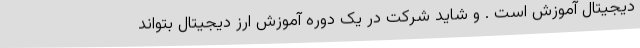
دیجیتال آموزش است . و شاید شرکت در یک دوره آموزش ارز دیجیتال بتواند